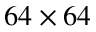
6 4 \times 6 4